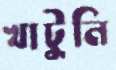
খাটুনি